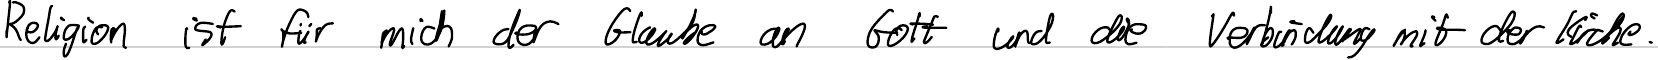
Religion ist für mich der Glaube an Gott und die Verbindung mit der Kirche.